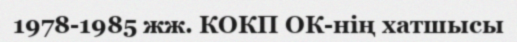
1978-1985 жж. КОКП ОК-нің хатшысы